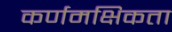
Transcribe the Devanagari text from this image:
कर्णमक्षिकता